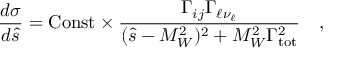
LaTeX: \frac { d \sigma } { d \hat { s } } = \mathrm { C o n s t } \times \frac { \Gamma _ { i j } \Gamma _ { \ell \nu _ { \ell } } } { ( \hat { s } - M _ { W } ^ { 2 } ) ^ { 2 } + M _ { W } ^ { 2 } \Gamma _ { \mathrm { t o t } } ^ { 2 } } ~ ~ ~ ,